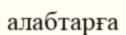
алабтарға